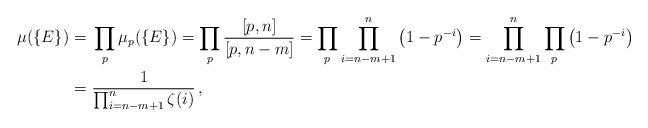
LaTeX: \begin{align*}\mu(\{E\}) =&\ \prod_{p} \mu_{p}(\{E\})=\prod_{p} \frac{[p,n]}{[p,n-m]}= \prod_{p}\prod_{i=n-m+1}^n \left( 1-p^{-i}\right) =\prod_{i=n-m+1}^n \prod_{p} \left( 1-p^{-i}\right)\\=&\ \frac{1}{\prod_{i=n-m+1}^n \zeta(i)}\,,\end{align*}